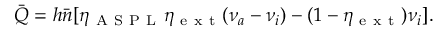
\bar { Q } = h \bar { n } [ \eta _ { \mathrm { ~ A ~ S ~ P ~ L ~ } } \eta _ { \mathrm { ~ e ~ x ~ t ~ } } ( \nu _ { a } - \nu _ { i } ) - ( 1 - \eta _ { \mathrm { ~ e ~ x ~ t ~ } } ) \nu _ { i } ] .